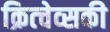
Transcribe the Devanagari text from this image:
क्रित्चेव्सकी